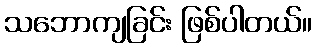
သဘောကျခြင်း ဖြစ်ပါတယ်။